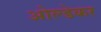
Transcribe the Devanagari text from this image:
ओल्डेकर